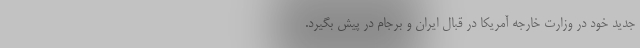
جدید خود در وزارت خارجه آمریکا در قبال ایران و برجام در پیش بگیرد.